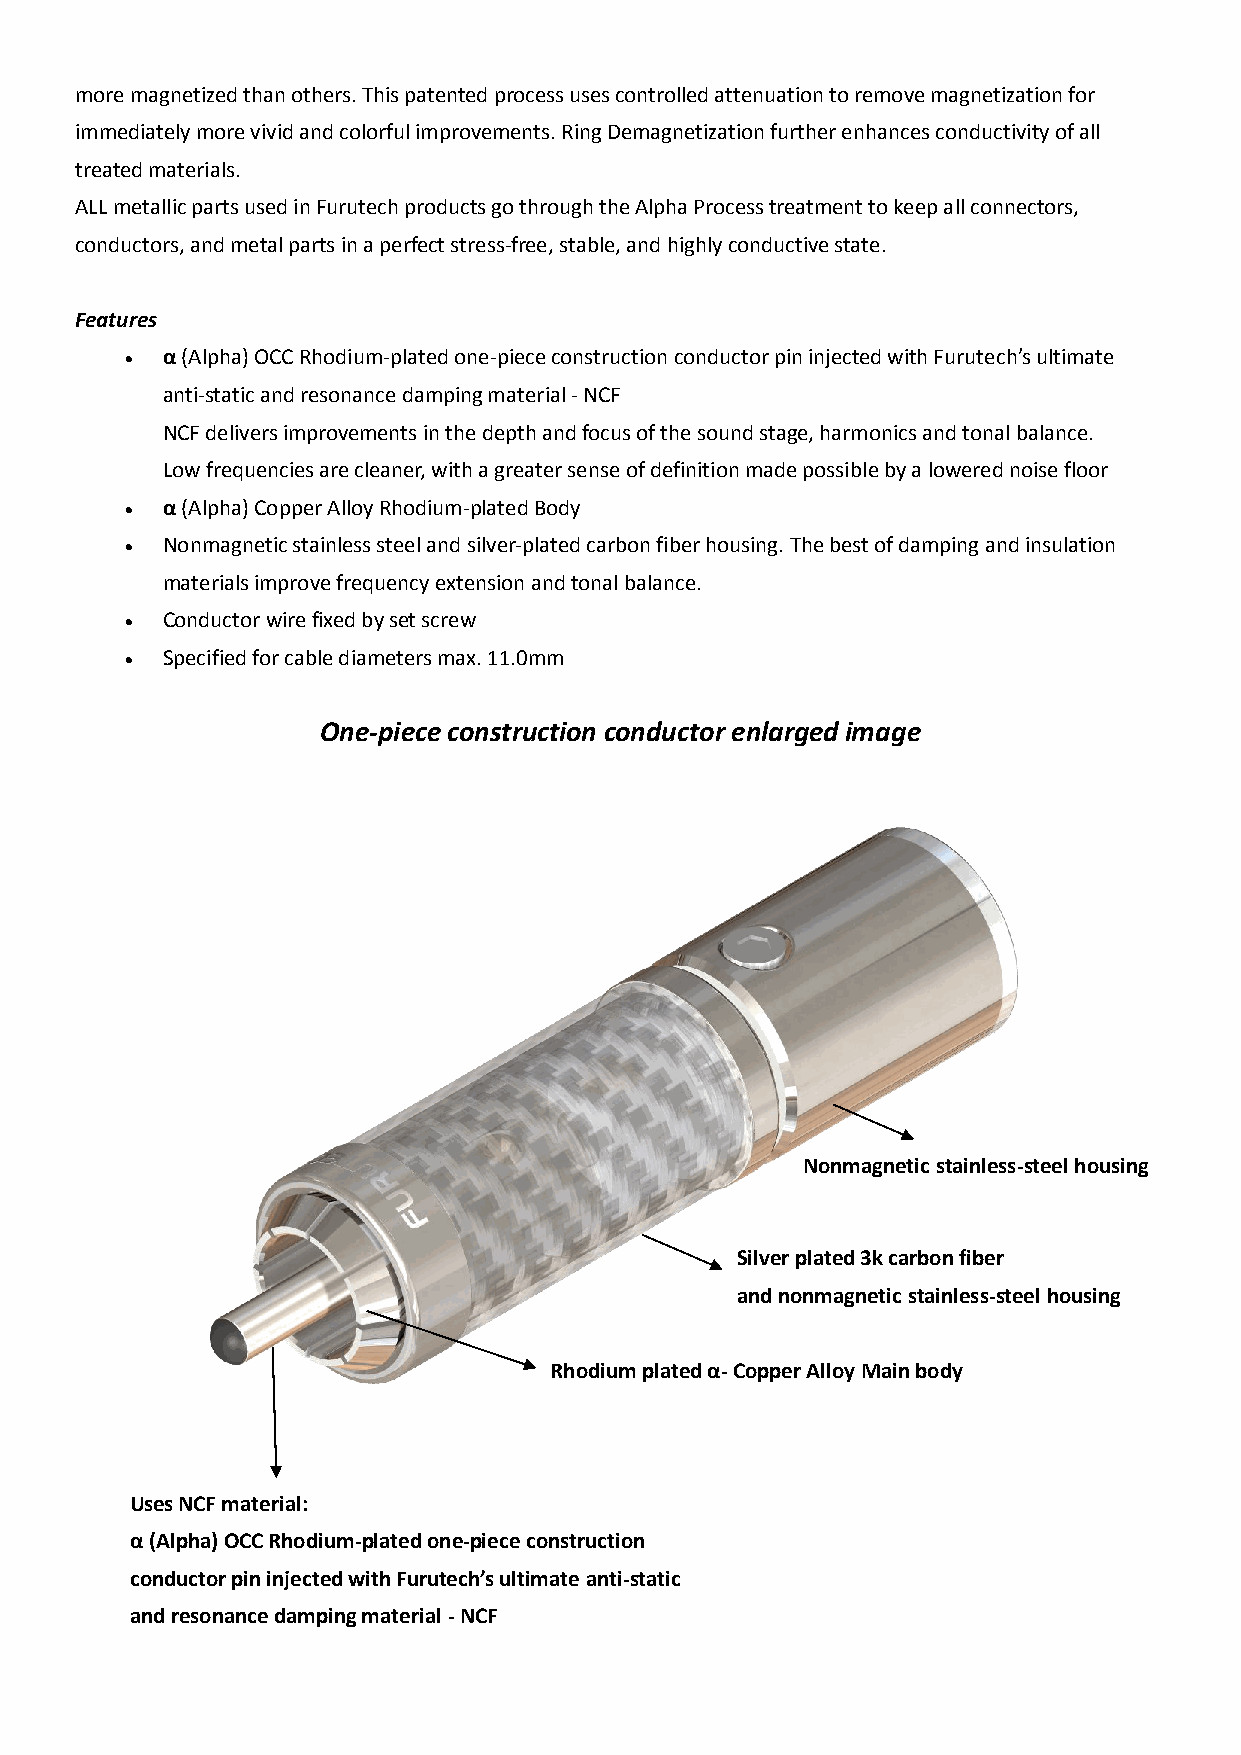
more magnetized than others. This patented process uses controlled attenuation to remove magnetization for
 immediately more vivid and colorful improvements. Ring Demagnetization further enhances conductivity of all
 treated materials.
 ALL metallic parts used in Furutech products go through the Alpha Process treatment to keep all connectors,
 conductors, and metal parts in a perfect stress-free, stable, and highly conductive state.
 Features
   α (Alpha) OCC Rhodium-plated one-piece construction conductor pin injected with Furutech’s ultimate
 anti-static and resonance damping material - NCF
 NCF delivers improvements in the depth and focus of the sound stage, harmonics and tonal balance.
 Low frequencies are cleaner, with a greater sense of definition made possible by a lowered noise floor
   α (Alpha) Copper Alloy Rhodium-plated Body
   Nonmagnetic stainless steel and silver-plated carbon fiber housing. The best of damping and insulation
 materials improve frequency extension and tonal balance.
   Conductor wire fixed by set screw
   Specified for cable diameters max. 11.0mm
 One-piece construction conductor enlarged image
 Nonmagnetic stainless-steel housing
 Silver plated 3k carbon fiber
 and nonmagnetic stainless-steel housing
 Rhodium plated α- Copper Alloy Main body
 Uses NCF material:
 α (Alpha) OCC Rhodium-plated one-piece construction
 conductor pin injected with Furutech’s ultimate anti-static
 and resonance damping material - NCF